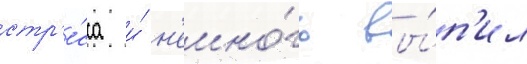
стр'е́сса и́ н'емно́го вы́п'ил